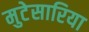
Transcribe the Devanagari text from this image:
मुटेसारिया